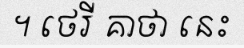
។ ថេរី គាថា នេះ